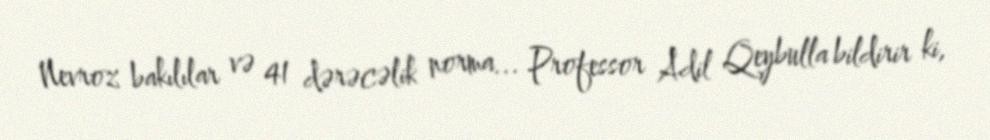
Nevroz bakılılar və 41 dərəcəlik norma... Professor Adil Qeybulla bildirir ki,